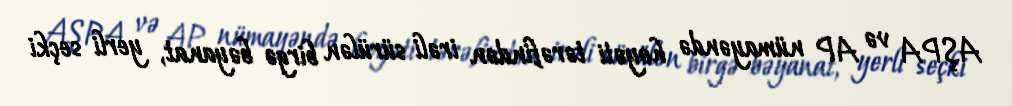
AŞPA və AP nümayəndə heyəti tərəfindən irəli sürülən birgə bəyanat, yerli seçki